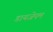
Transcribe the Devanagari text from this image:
डायजेपम